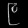
Digit: ၉